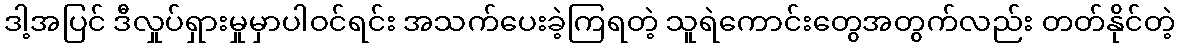
ဒါ့အပြင် ဒီလှုပ်ရှားမှုမှာပါဝင်ရင်း အသက်ပေးခဲ့ကြရတဲ့ သူရဲကောင်းတွေအတွက်လည်း တတ်နိုင်တဲ့